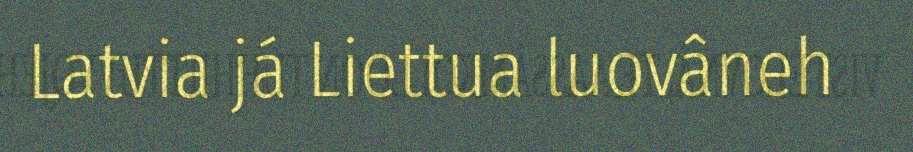
Latvia já Liettua luovâneh